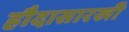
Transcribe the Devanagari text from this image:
हौदासारखी